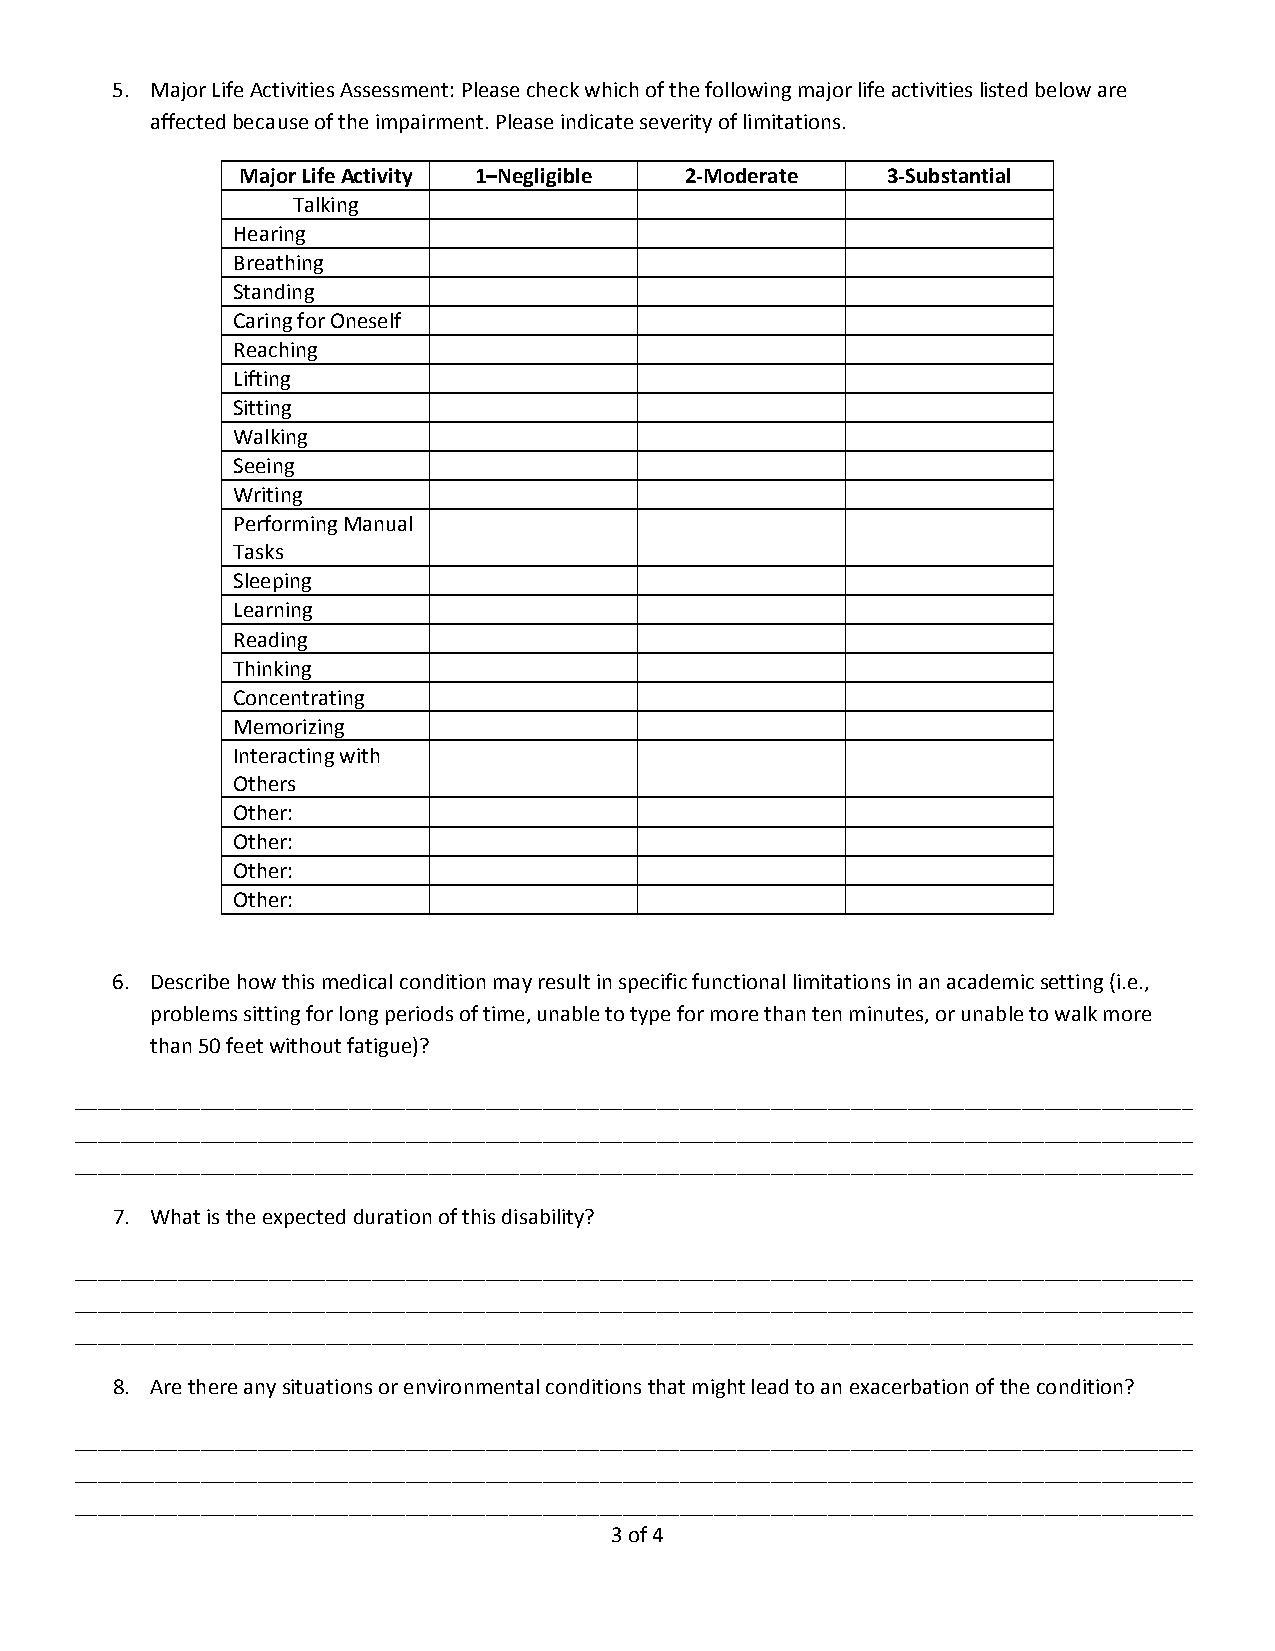
5. Major Life Activities Assessment: Please check which of the following major life activities listed below are
 affected because of the impairment. Please indicate severity of limitations.
 Major Life Activity 1–Negligible 2‐Moderate 3‐Substantial
 Talking
 Hearing
 Breathing
 Standing
 Caring for Oneself
 Reaching
 Lifting
 Sitting
 Walking
 Seeing
 Writing
 Performing Manual
 Tasks
 Sleeping
 Learning
 Reading
 Thinking
 Concentrating
 Memorizing
 Interacting with
 Others
 Other:
 Other:
 Other:
 Other:
 6. Describe how this medical condition may result in specific functional limitations in an academic setting (i.e.,
 problems sitting for long periods of time, unable to type for more than ten minutes, or unable to walk more
 than 50 feet without fatigue)?
 __________________________________________________________________________________________________
 __________________________________________________________________________________________________
 __________________________________________________________________________________________________
 7. What is the expected duration of this disability?
 __________________________________________________________________________________________________
 __________________________________________________________________________________________________
 __________________________________________________________________________________________________
 8. Are there any situations or environmental conditions that might lead to an exacerbation of the condition?
 __________________________________________________________________________________________________
 __________________________________________________________________________________________________
 __________________________________________________________________________________________________
 3 of 4